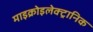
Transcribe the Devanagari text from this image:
माइक्रोइलेक्ट्रानिक